Scottish Leaving Certificate Examination, 1954
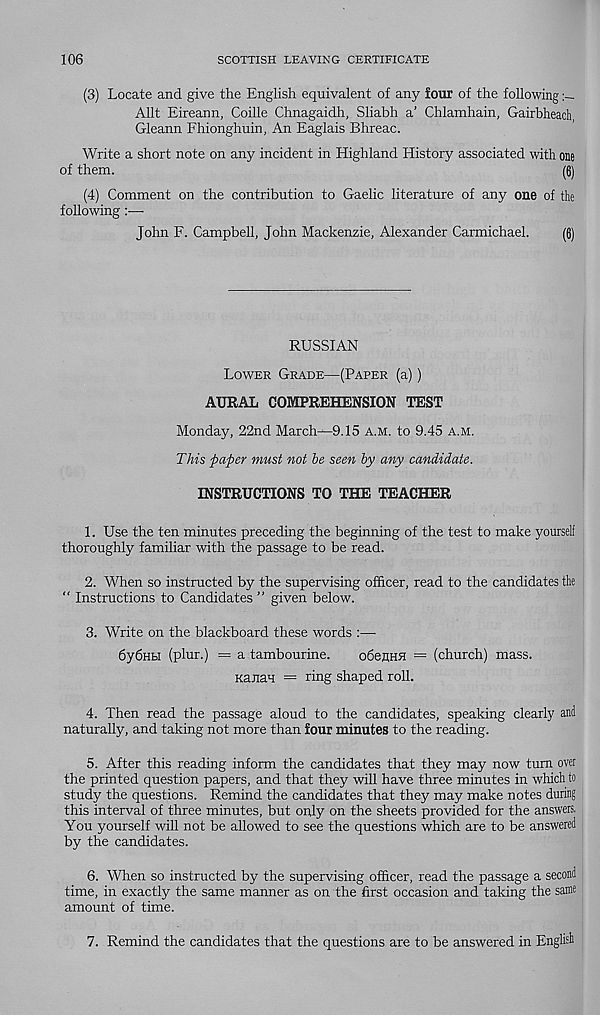
106
SCOTTISH LEAVING CERTIFICATE
(3) Locate and give the English equivalent of any four of the following
Allt Eireann, Coille Chnagaidh, Sliabh a’ Chlamhain, Gairbheach,
Gleann Fhionghuin, An Eaglais Bhreac.
Write a short note on any incident in Highland History associated with one
of them.
(6)
(4) Comment on the contribution to Gaelic literature of any one of the
following
John F. Campbell, John Mackenzie, Alexander Carmichael.
(6)
RUSSIAN
Lower Grade—(Paper (a))
AURAL COMPREHENSION TEST
Monday, 22nd March—9.15 a.m. to 9.45 a.m.
This paper must not be seen by any candidate.
INSTRUCTIONS TO THE TEACHER
1. Use the ten minutes preceding the beginning of the test to make yourself
thoroughly familiar with the passage to be read.
2. When so instructed by the supervising officer, read to the candidates the
“ Instructions to Candidates ” given below.
3. Write on the blackboard these words :—•
6y6HH (phir.) = a tambourine.
obeflHfl = (church) mass.
Kanau == ring shaped roll.
4. Then read the passage aloud to the candidates, speaking clearly and
naturally, and taking not more than four minutes to the reading.
5. After this reading inform the candidates that they may now turn over
the printed question papers, and that they will have three minutes in which to
study the questions. Remind the candidates that they may make notes during
this interval of three minutes, but only on the sheets provided for the answers.
You yourself will not be allowed to see the questions which are to be answered
by the candidates.
6. When so instructed by the supervising officer, read the passage a second
time, in exactly the same manner as on the first occasion and taking the same
amount of time.
7. Remind the candidates that the questions are to be answered in English